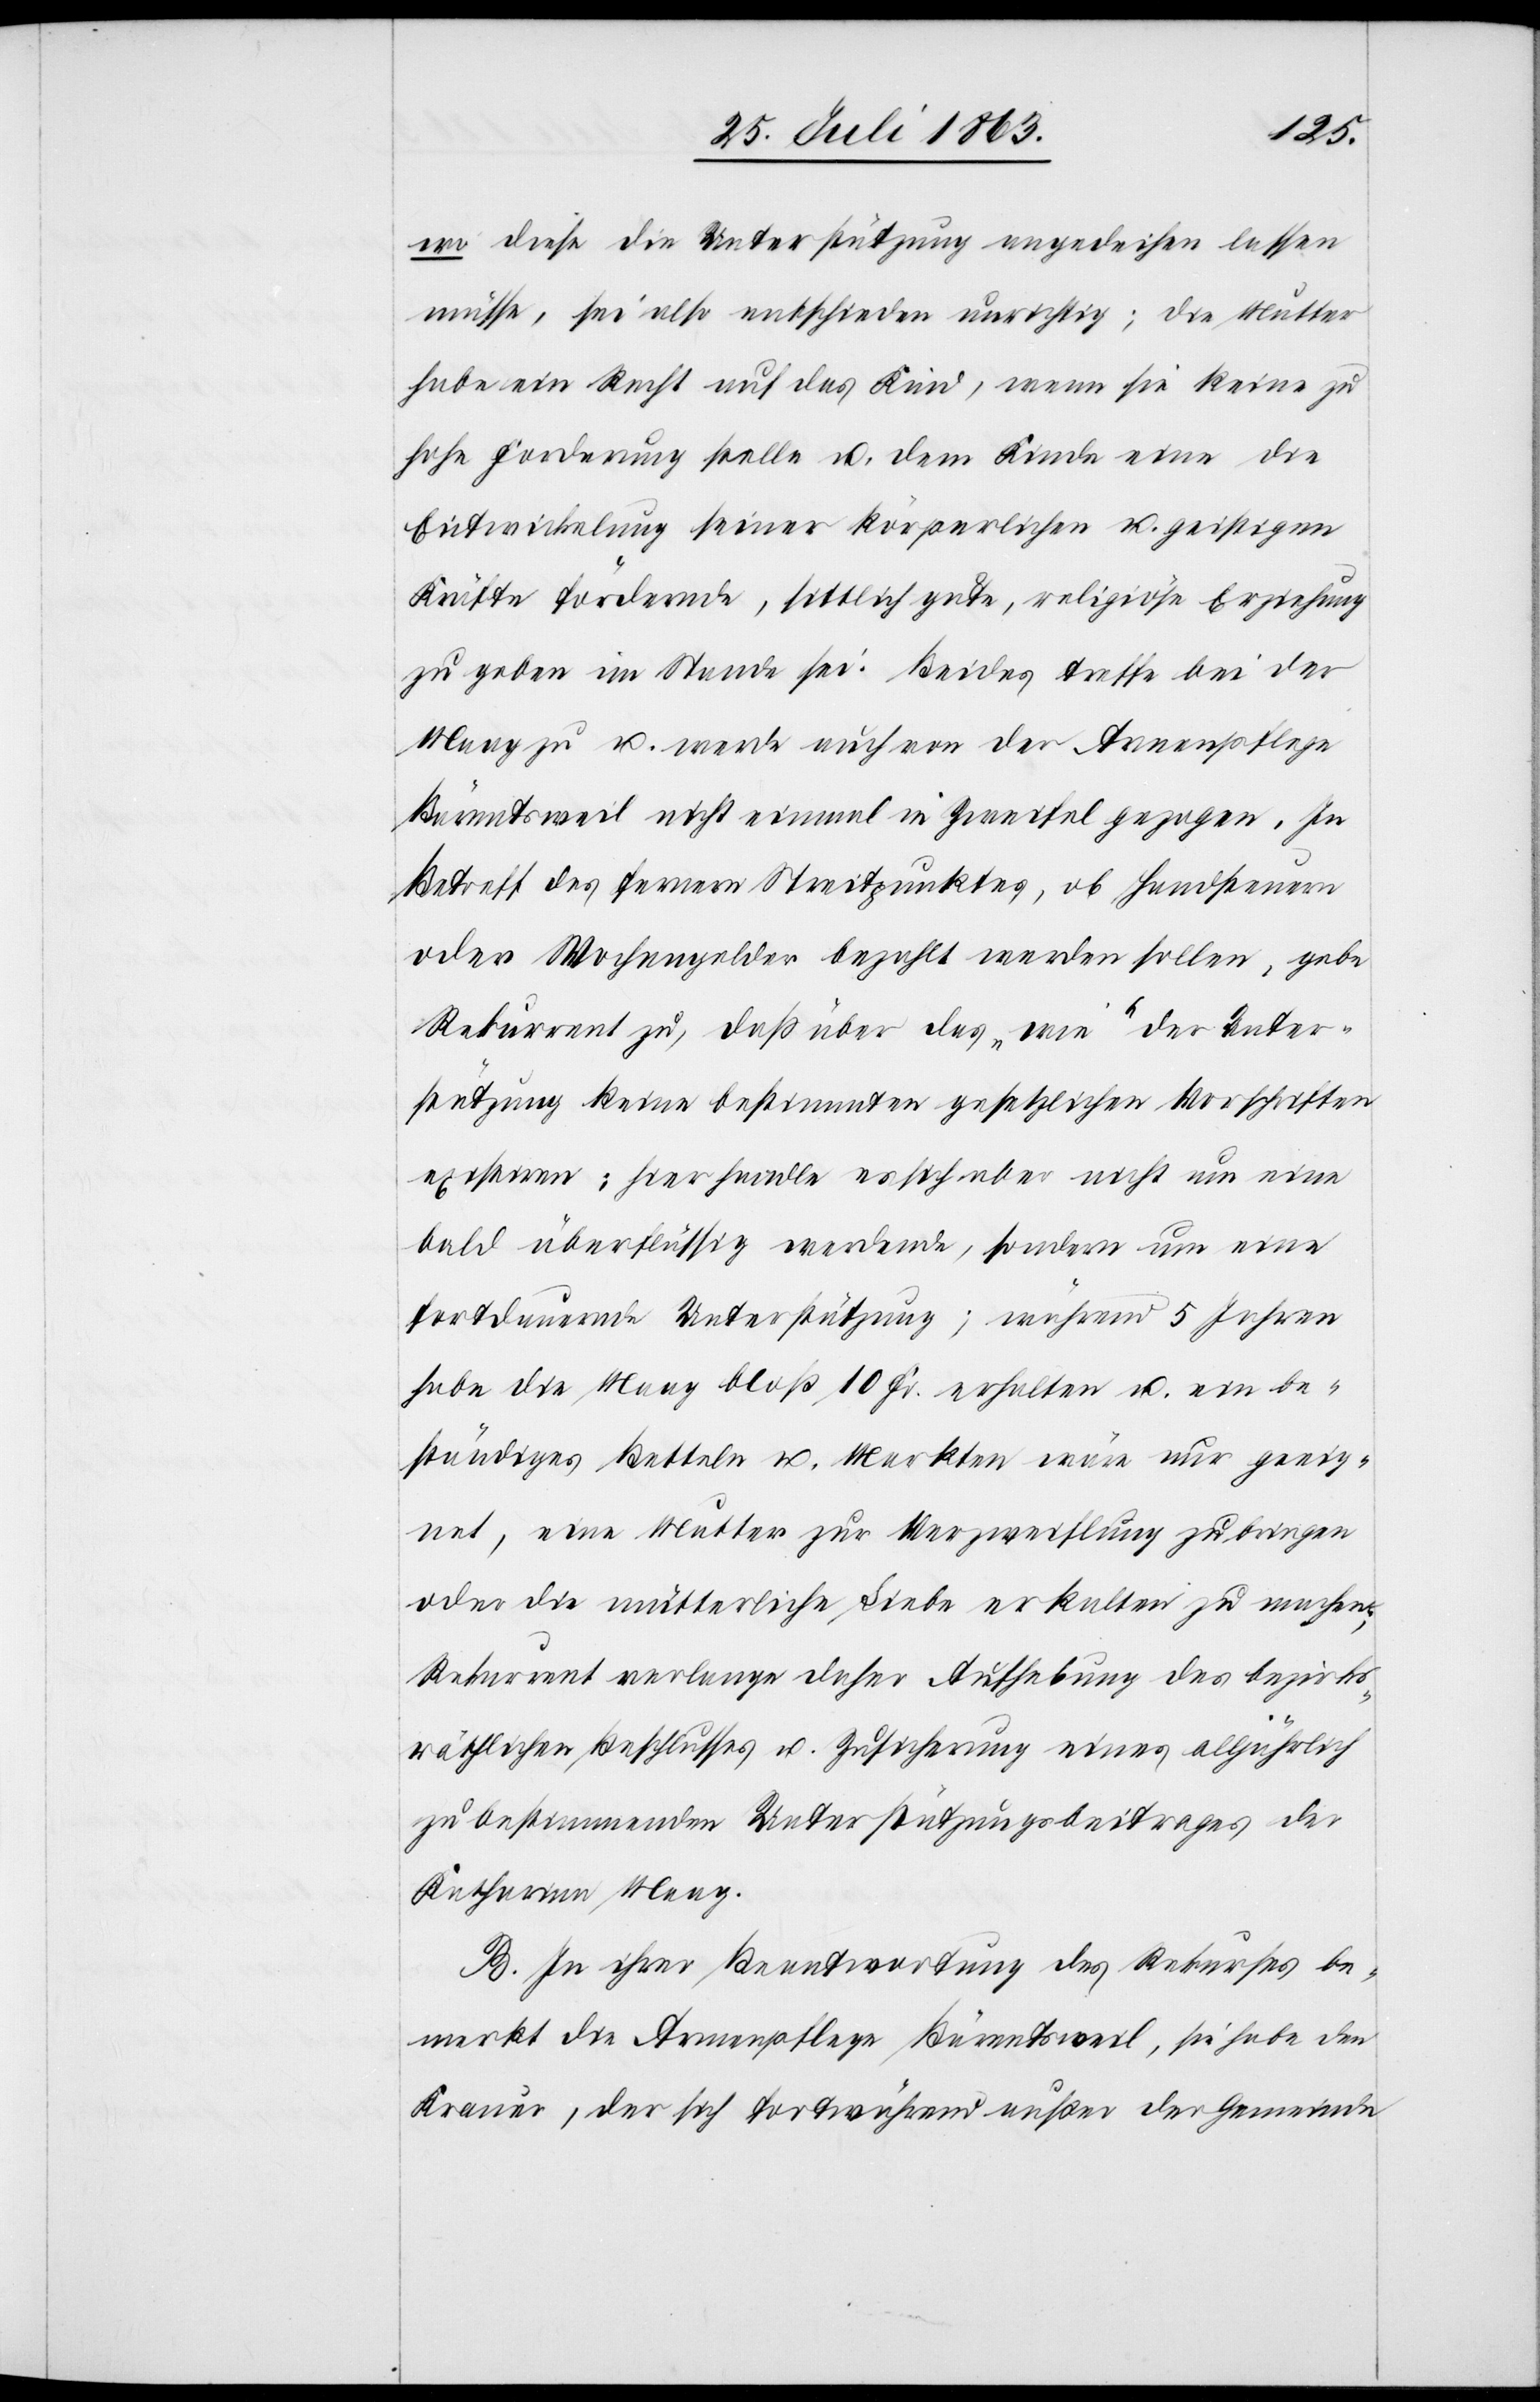
wo diese die Unterstützung angedeihen lassen
müsse“, sei also entschieden unrichtig; die Mutter
habe ein Recht auf das Kind, wenn sie keine zu
hohe Forderung stelle u. dem Kinde eine die
Entwickelung seiner körperlichen u. geistigen
Kräfte fördernde, sittlich gute, religiöse Erziehung
zu geben im Stande sei. Beides treffe bei der
Maag zu u. werde auch von der Armenpflege
Bärentsweil nicht einmal in Zweifel gezogen. In
Betreff des fernern Streitpunktes, ob Handsteuern
oder Wochengelder bezahlt werden sollen, gebe
Rekurrent zu, daß über das „wie“ der Unter¬
stützung keine bestimmten gesetzlichen Vorschriften
existiren: hier handle es sich aber nicht um ein¬
e überflüssig werdende, sondern um eine
fortdauernde Unterstützung; während 5 Jahren
habe die Maag bloß 10 Fr. erhalten u. ein be¬
ständiges Betteln u. Markten wäre nur geeig¬
net, eine Mutter zur Verzweiflung zu bringen
oder die mütterliche Liebe erkalten zu machen;
Rekurrent verlange daher Aufhebung des bezirks¬
räthlichen Beschlusses u. Zusicherung eines alljährlich
zu bestimmenden Unterstützungsbeitrages der
Katharina Maag.
B. In ihrer Beantwortung des Rekurses be¬
merkt die Armenpflege Bärentsweil, sie habe den
Krauer, der sich fortwährend außer der Gemeinde